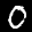
Label: 0